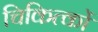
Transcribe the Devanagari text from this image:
चिकित्कों